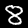
Label: 8